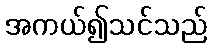
အကယ်၍သင်သည်